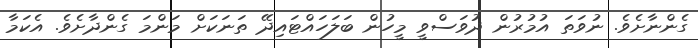
ގެންނާށެވެ. ނުވަތަ އުމުރުން ދުވަސްވީ މީހުން ބަލަހައްޓައިދޭ ތަނަކަށް މަންމަ ގެންދާށެވެ. އެކަމާ